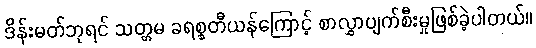
ဒိန်းမတ်ဘုရင် သတ္တမ ခရစ္စတီယန်ကြောင့် စာလွှာပျက်စီးမှုဖြစ်ခဲ့ပါတယ်။